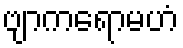
ဗျာကရောမဟံ